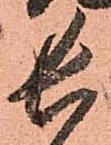
長